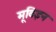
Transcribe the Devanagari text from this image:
मूविइन